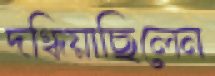
দগ্ধিয়াছিলেন